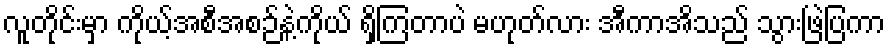
လူတိုင်းမှာ ကိုယ့်အစီအစဉ်နဲ့ကိုယ် ရှိကြတာပဲ မဟုတ်လား အီကာအိသည် သွားဖြဲပြကာ